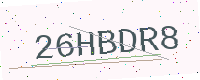
Text: 26HBDR8